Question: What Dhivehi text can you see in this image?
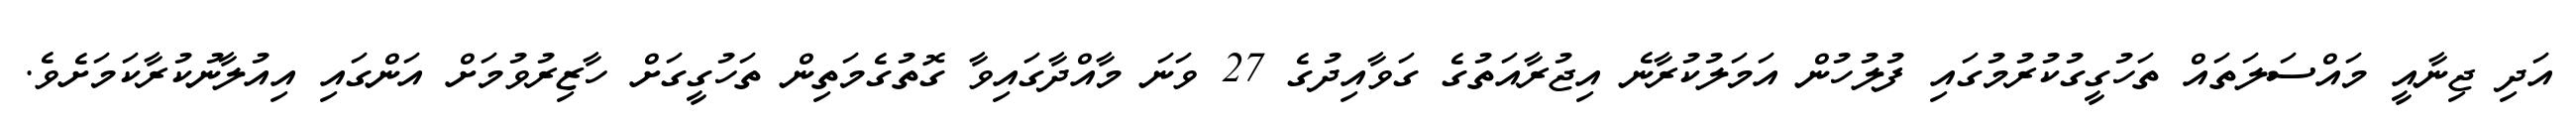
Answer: އަދި ޖިނާއީ މައްސަލަތައް ތަހުގީގުކުރުމުގައި ފުލުހުން އަމަލުކުރާނެ އިޖުރާއަތުގެ ގަވާއިދުގެ 27 ވަނަ މާއްދާގައިވާ ގޮތުގެމަތިން ތަހުގީގަށް ހާޒިރުވުމަށް އަންގައި އިއުލާނުކުރާކަމަށެވެ.